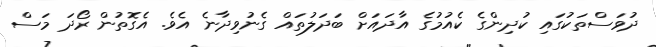
ދުވަސްތަކުގައި ކުދިންގެ ކެއުމުގެ އާދައަށް ބަދަލުތައް ގެނުވިދާނެ އެވެ. އެގޮތުން ރޯދަ މަސް